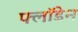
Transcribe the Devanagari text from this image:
फ्लॉडेन